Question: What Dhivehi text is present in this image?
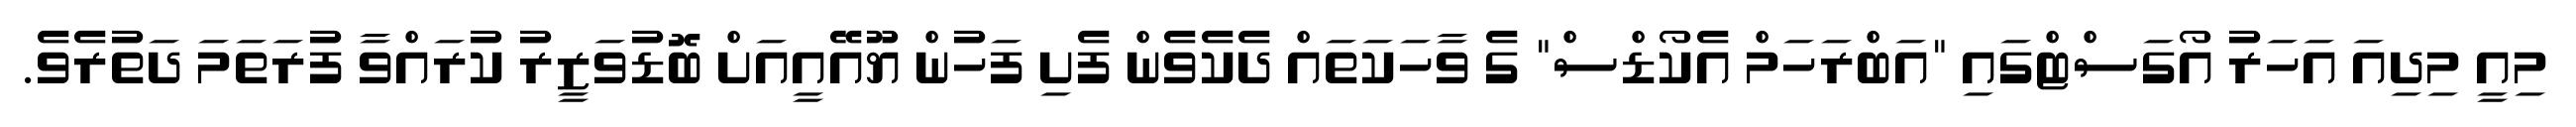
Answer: މިއީ މިދިއަ އަހަރު އޯގަސްޓްގައި "އަބްރަހަމް އެކޯޑްސް" ގެ ވާހަކަތައް ދެކެވެން ފެށި ފަހުން ޔޫއޭއީއަށް ބޮޑުވަޒީރު ކުރައްވާ ފުރަތަމަ ދަތުރެވެ.